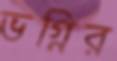
ভগ্নির